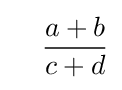
\quad {\frac {a+b}{c+d}}